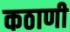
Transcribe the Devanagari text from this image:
कठाणी